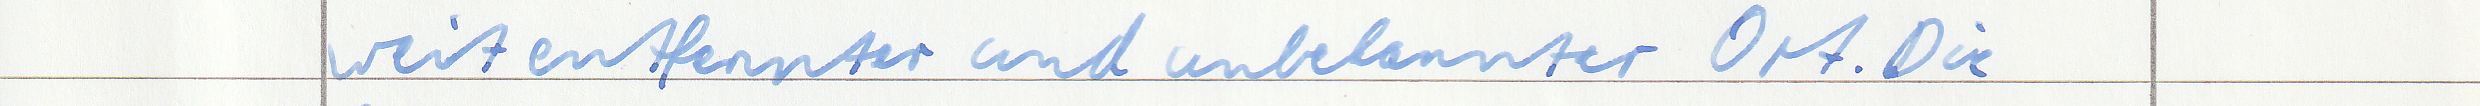
weit entfernter und unbekannter Ort. Die